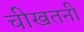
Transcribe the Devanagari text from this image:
चीखतनी